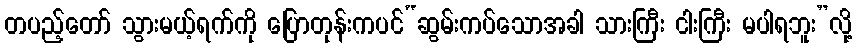
တပည့်တော် သွားမယ့်ရက်ကို ပြောတုန်းကပင်“ဆွမ်းကပ်သောအခါ သားကြီး ငါးကြီး မပါရဘူး”လို့